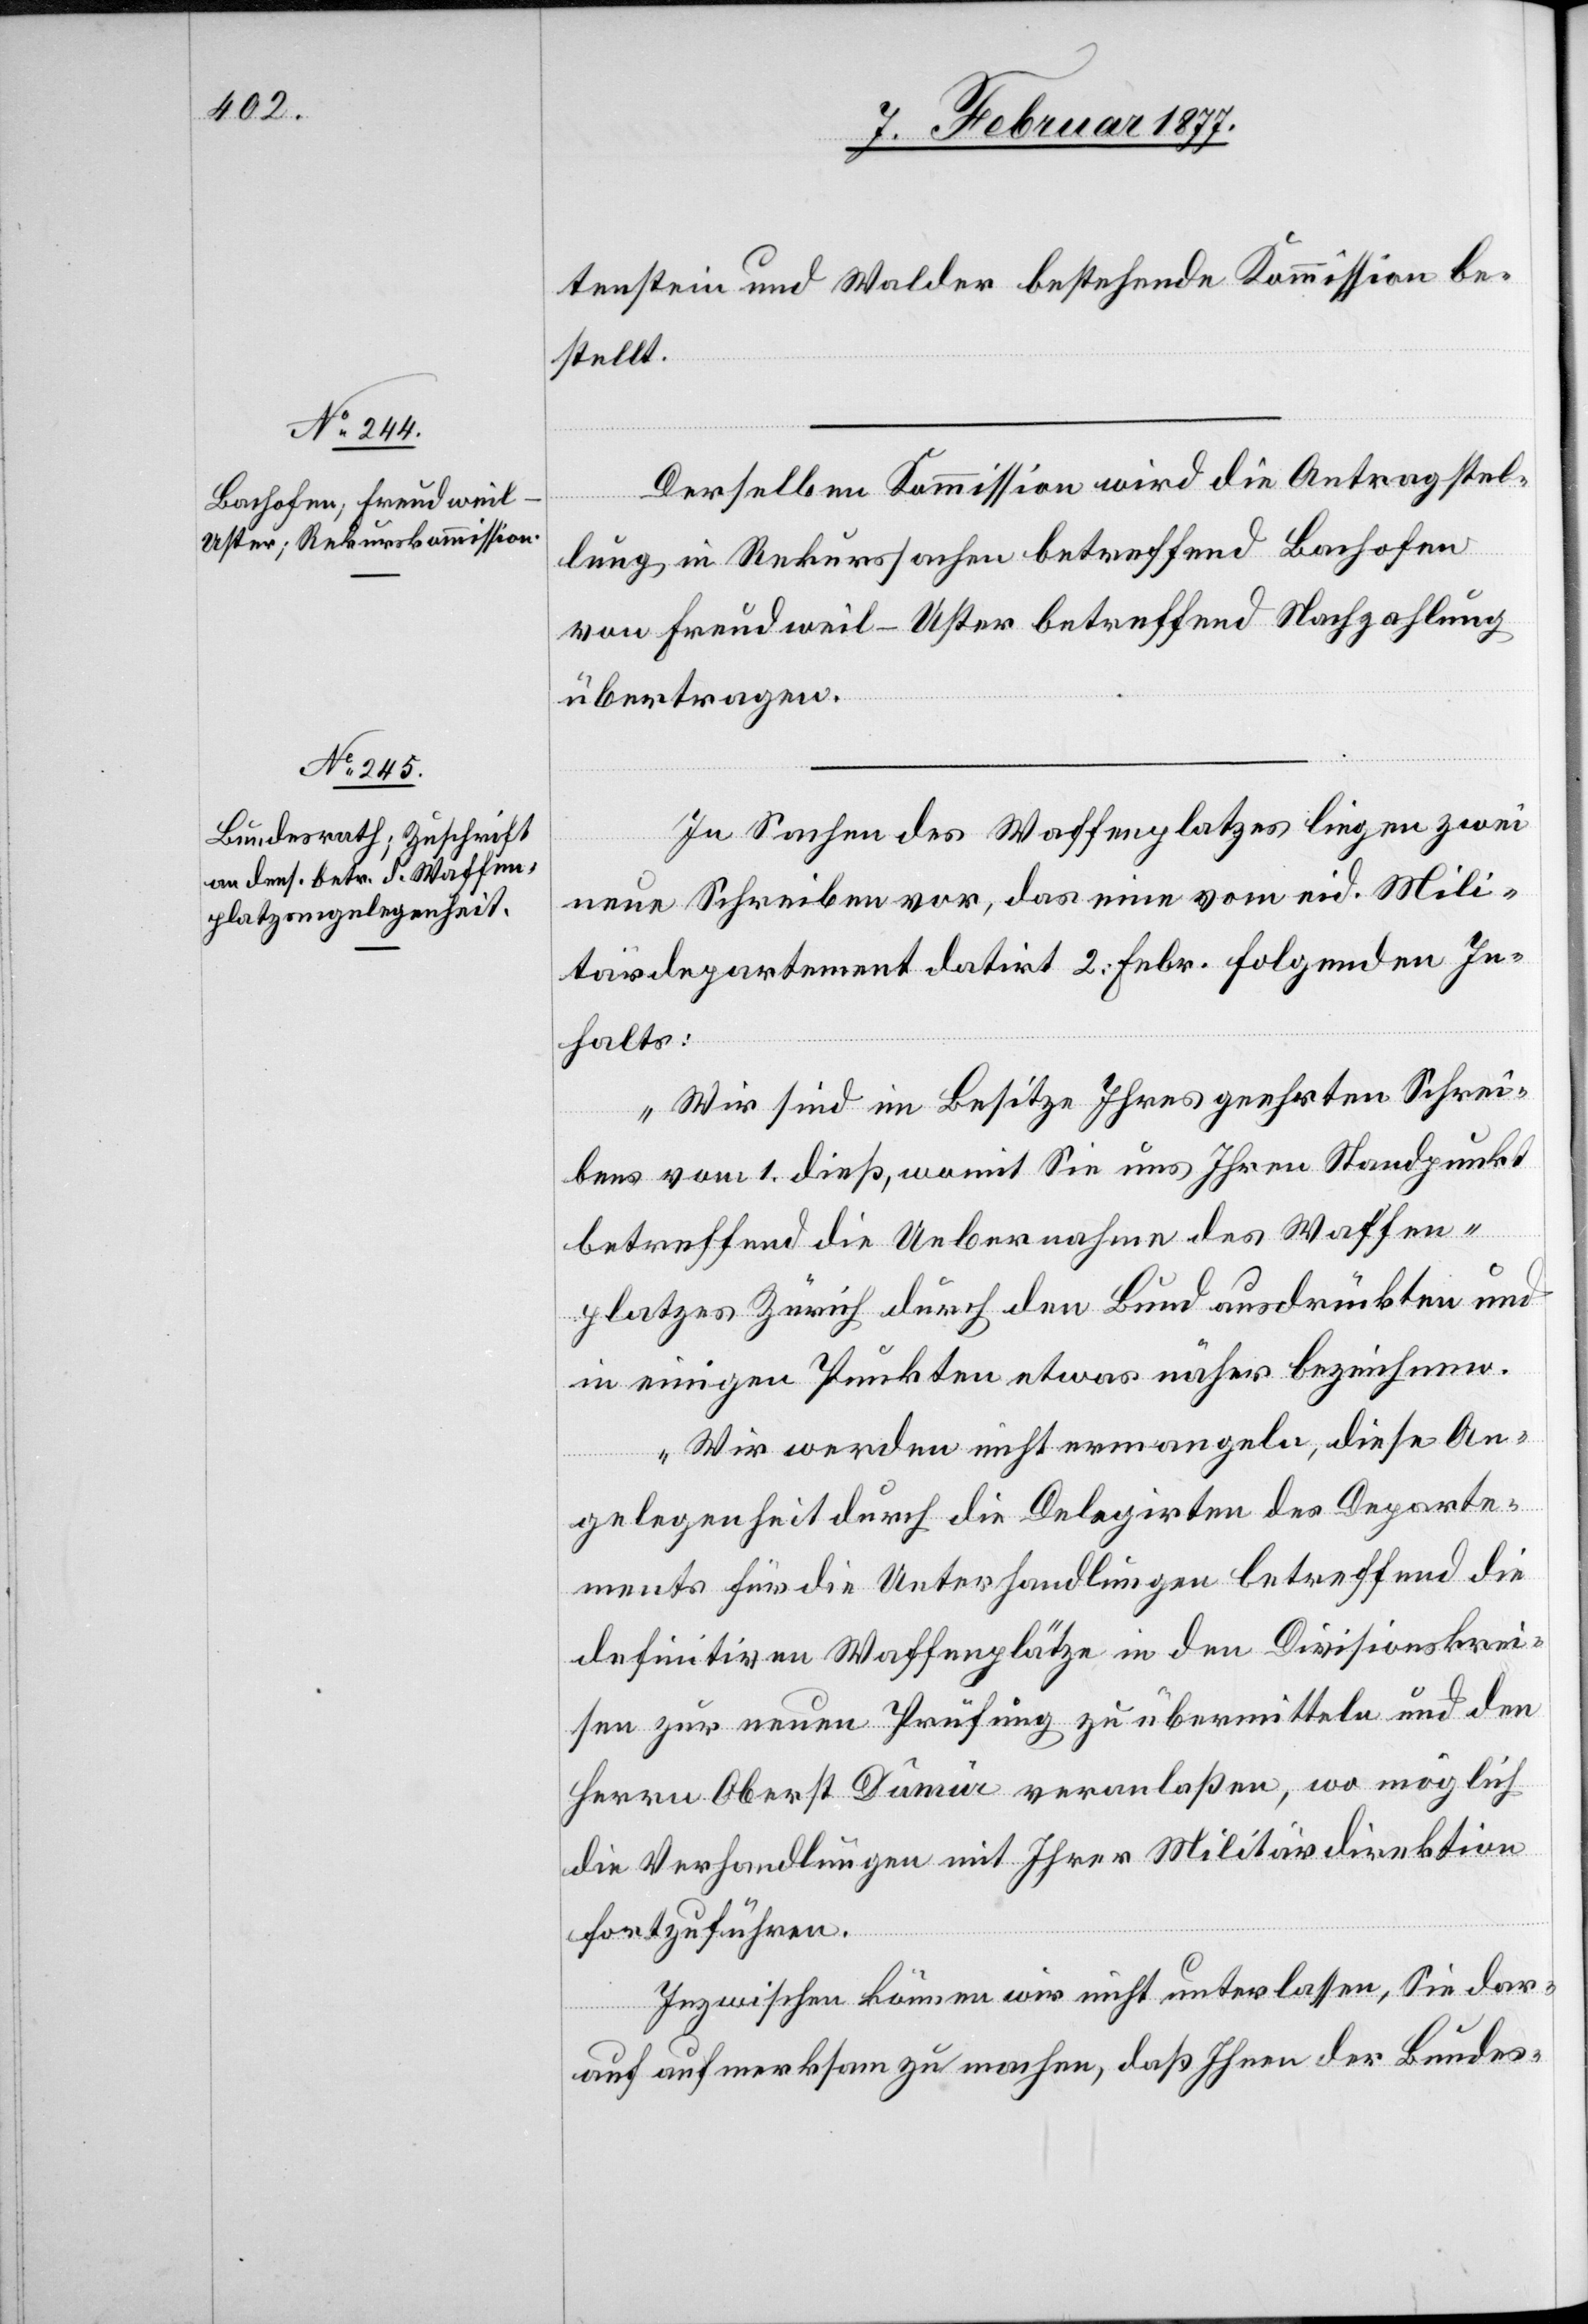
tenstein und Walder bestehende Kommission be¬
stellt.
Derselben Kommission wird die Antragstel¬
lung in Rekurssachen betreffend Bachofen
von Freudweil - Uster betreffend Nachzahlung
übertragen.
In Sachen des Waffenplatzes liegen zwei
neue Schreiben vor, das eine vom eid. Mili¬
tärdepartement datirt 2. Febr. folgenden In¬
halts:
„Wir sind im Besitze Ihres geehrten Schrei¬
bens vom 1. dieß, womit Sie uns Ihren Standpunkt
betreffend die Uebernahme des Waffen¬
platzes in Zürich durch den Bund ausdrückten und
in einigen Punkten etwas näher bezeichnen.
Wir werden nicht ermangeln, diese An¬
gelegenheit durch die Delegirten des Departe¬
ments für die Unterhandlungen betreffend die
definitiven Waffenplätze in den Divisionskrei¬
sen zur neuen Prüfung zu übermitteln und den
Herrn Oberst Dumur veranlaßen, wo möglich
die Verhandlungen mit Ihrer Militärdirektion
fortzuführen.
Inzwischen können wir nicht unterlassen, Sie dar¬
auf aufmerksam zu machen, daß Ihnen der Bundes-